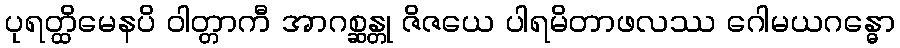
ပုရတ္ထိမေနပိ ဝါတ္တာကီ အာဂစ္ဆန္တု ဇိဇယေ ပါရမိတာဖလဿ ဂေါမယဂန္ဓော